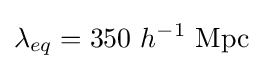
\lambda _{eq}=350~h^{-1}~{\text{Mpc}}